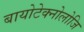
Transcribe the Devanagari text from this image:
बायोटेक्नोलोजि